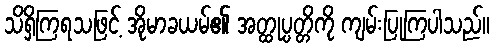
သိရှိကြရသဖြင့် အိုမာခယမ်၏ အတ္ထုပ္ပတ္တိကို ကျမ်းပြုကြပါသည်။